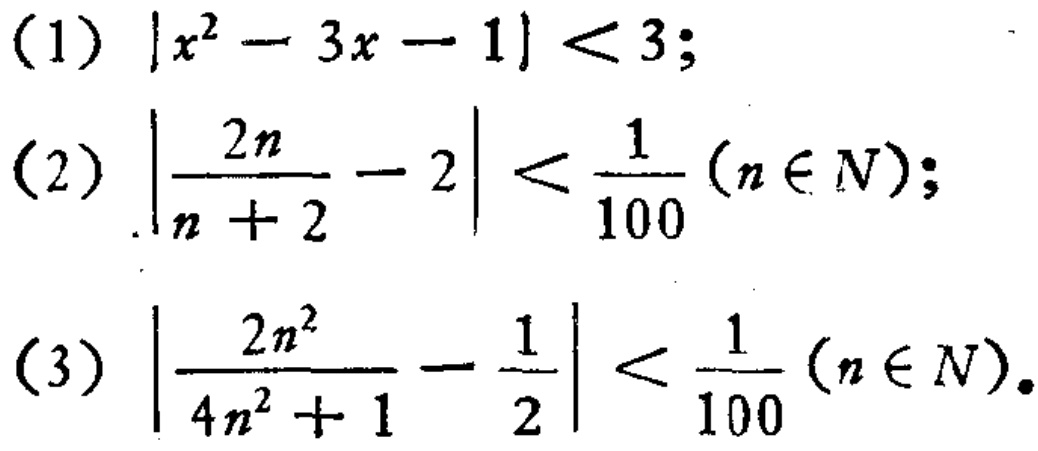
(1) \(|x^{2}-3x - 1| < 3\);
(2) \(\left|\frac{2n}{n + 2}-2\right| < \frac{1}{100}(n\in N)\);
(3) \(\left|\frac{2n^{2}}{4n^{2}+1}-\frac{1}{2}\right| < \frac{1}{100}(n\in N)\)